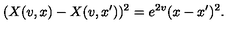
( X ( v , x ) - X ( v , x ^ { \prime } ) ) ^ { 2 } = e ^ { 2 v } ( x - x ^ { \prime } ) ^ { 2 } .